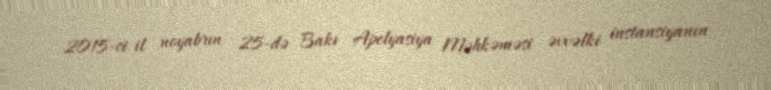
2015-ci il noyabrın 25-də Bakı Apelyasiya Məhkəməsi əvvəlki instansiyanın